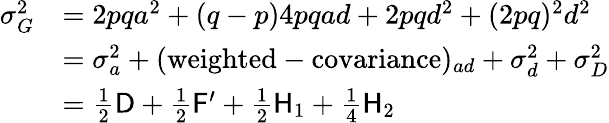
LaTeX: {\begin{array}{rl}{\sigma_{G}^{2}}&{=2pqa^{2}+(q-p)4pqad+2pqd^{2}+(2pq)^{2}d^{2}}\\ &{=\sigma_{a}^{2}+({\mathrm{weighted-covariance}})_{ad}+\sigma_{d}^{2}+\sigma_{D}^{2}}\\ &{={\frac{1}{2}}{\mathsf{D}}+{\frac{1}{2}}{\mathsf{F}}^{\prime}+{\frac{1}{2}}{\mathsf{H}}_{1}+{\frac{1}{4}}{\mathsf{H}}_{2}}\end{array}}